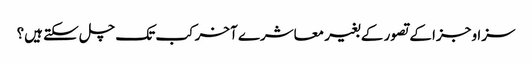
سزا و جزا کے تصور کے بغیر معاشرے آخر کب تک چل سکتے ہیں؟